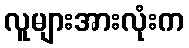
လူများအားလုံးက